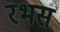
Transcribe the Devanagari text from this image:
रभस